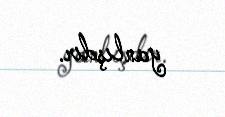
yanlışdır.